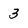
Character: 3